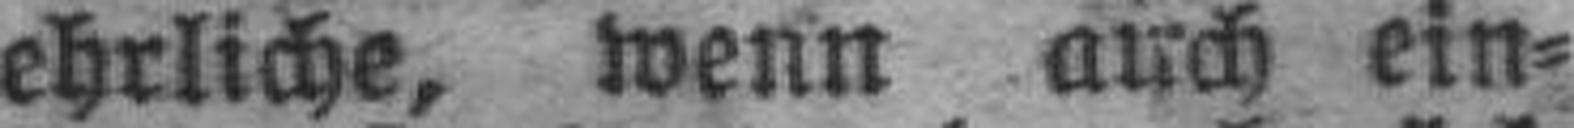
ehrliche, wenn auch ein¬